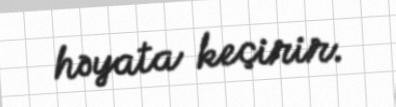
həyata keçirir.